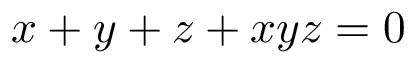
x + y + z + x y z = 0